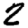
Digit: 2